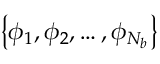
\left\{ \phi _ { 1 } , \phi _ { 2 } , \ldots , \phi _ { N _ { b } } \right\}